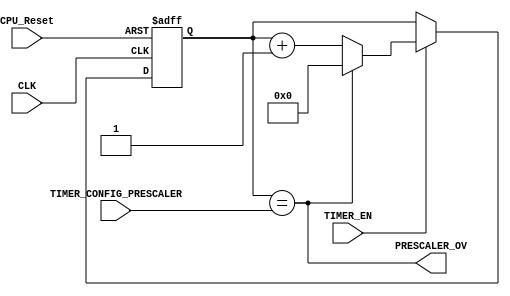
module TIMER_Prescaler
(
	input wire CLK,
	input wire CPU_Reset,
	
	input wire TIMER_EN,
	input wire [5:0] TIMER_CONFIG_PRESCALER,
	
	output wire PRESCALER_OV
);

reg  [5:0] _TIMER_PRESCALER;

always @(posedge CLK or posedge CPU_Reset)
begin
		if(CPU_Reset)
		begin
			_TIMER_PRESCALER = 0;
		end	
		else if(TIMER_EN)
			begin
				if(!PRESCALER_OV)
					_TIMER_PRESCALER <= _TIMER_PRESCALER + 1'b1;
				else
					_TIMER_PRESCALER <= 0;
			end
end 

assign PRESCALER_OV = (_TIMER_PRESCALER == TIMER_CONFIG_PRESCALER);

endmodule